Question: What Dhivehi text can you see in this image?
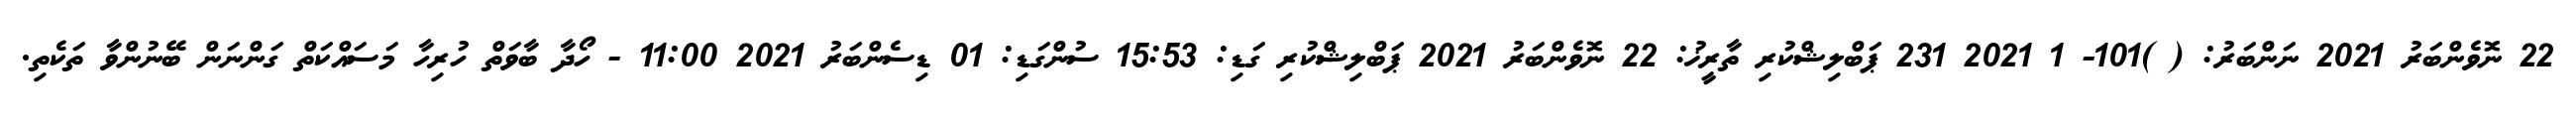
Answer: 22 ނޮވެންބަރު 2021 ނަންބަރު: ( )101- 1 2021 231 ޕަބްލިޝްކުރި ތާރީޚު: 22 ނޮވެންބަރު 2021 ޕަބްލިޝްކުރި ގަޑި: 15:53 ސުންގަޑި: 01 ޑިސެންބަރު 2021 11:00 - ހޯދާ ބާވަތް ހުރިހާ މަސައްކަތް ގަންނަން ބޭނުންވާ ތަކެތި.